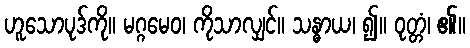
ဟူသောပုဒ်ကို။ မဂ္ဂမေဝ၊ ကိုသာလျှင်။ သန္ဓာယ၊ ၍။ ဝုတ္တံ၊ ၏။